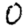
Digit: 0